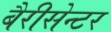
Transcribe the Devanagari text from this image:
बैरीसेन्टर